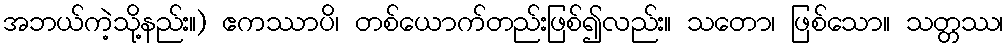
အဘယ်ကဲ့သို့နည်း။) ဧကဿာပိ၊ တစ်ယောက်တည်းဖြစ်၍လည်း။ သတော၊ ဖြစ်သော။ သတ္တဿ၊